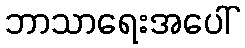
ဘာသာရေးအပေါ်